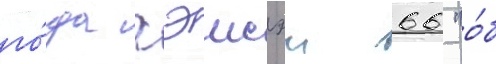
го́да хэисэи 66 "о́б